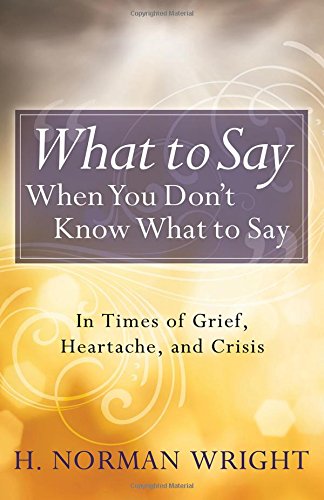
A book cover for What to Say When You Don't Know What to Say: In Times of Grief, Heartache, and Crisis; H. Norman Wright; Christian Books & Bibles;